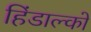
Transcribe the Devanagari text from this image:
हिंडाल्‍को